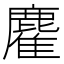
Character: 𪋇